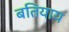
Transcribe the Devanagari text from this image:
बतियाय